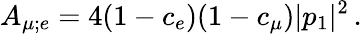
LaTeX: A_{\mu;e}=4(1-c_{e})(1-c_{\mu})|p_{1}|^{2}\, .